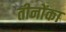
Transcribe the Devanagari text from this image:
तीनोंका